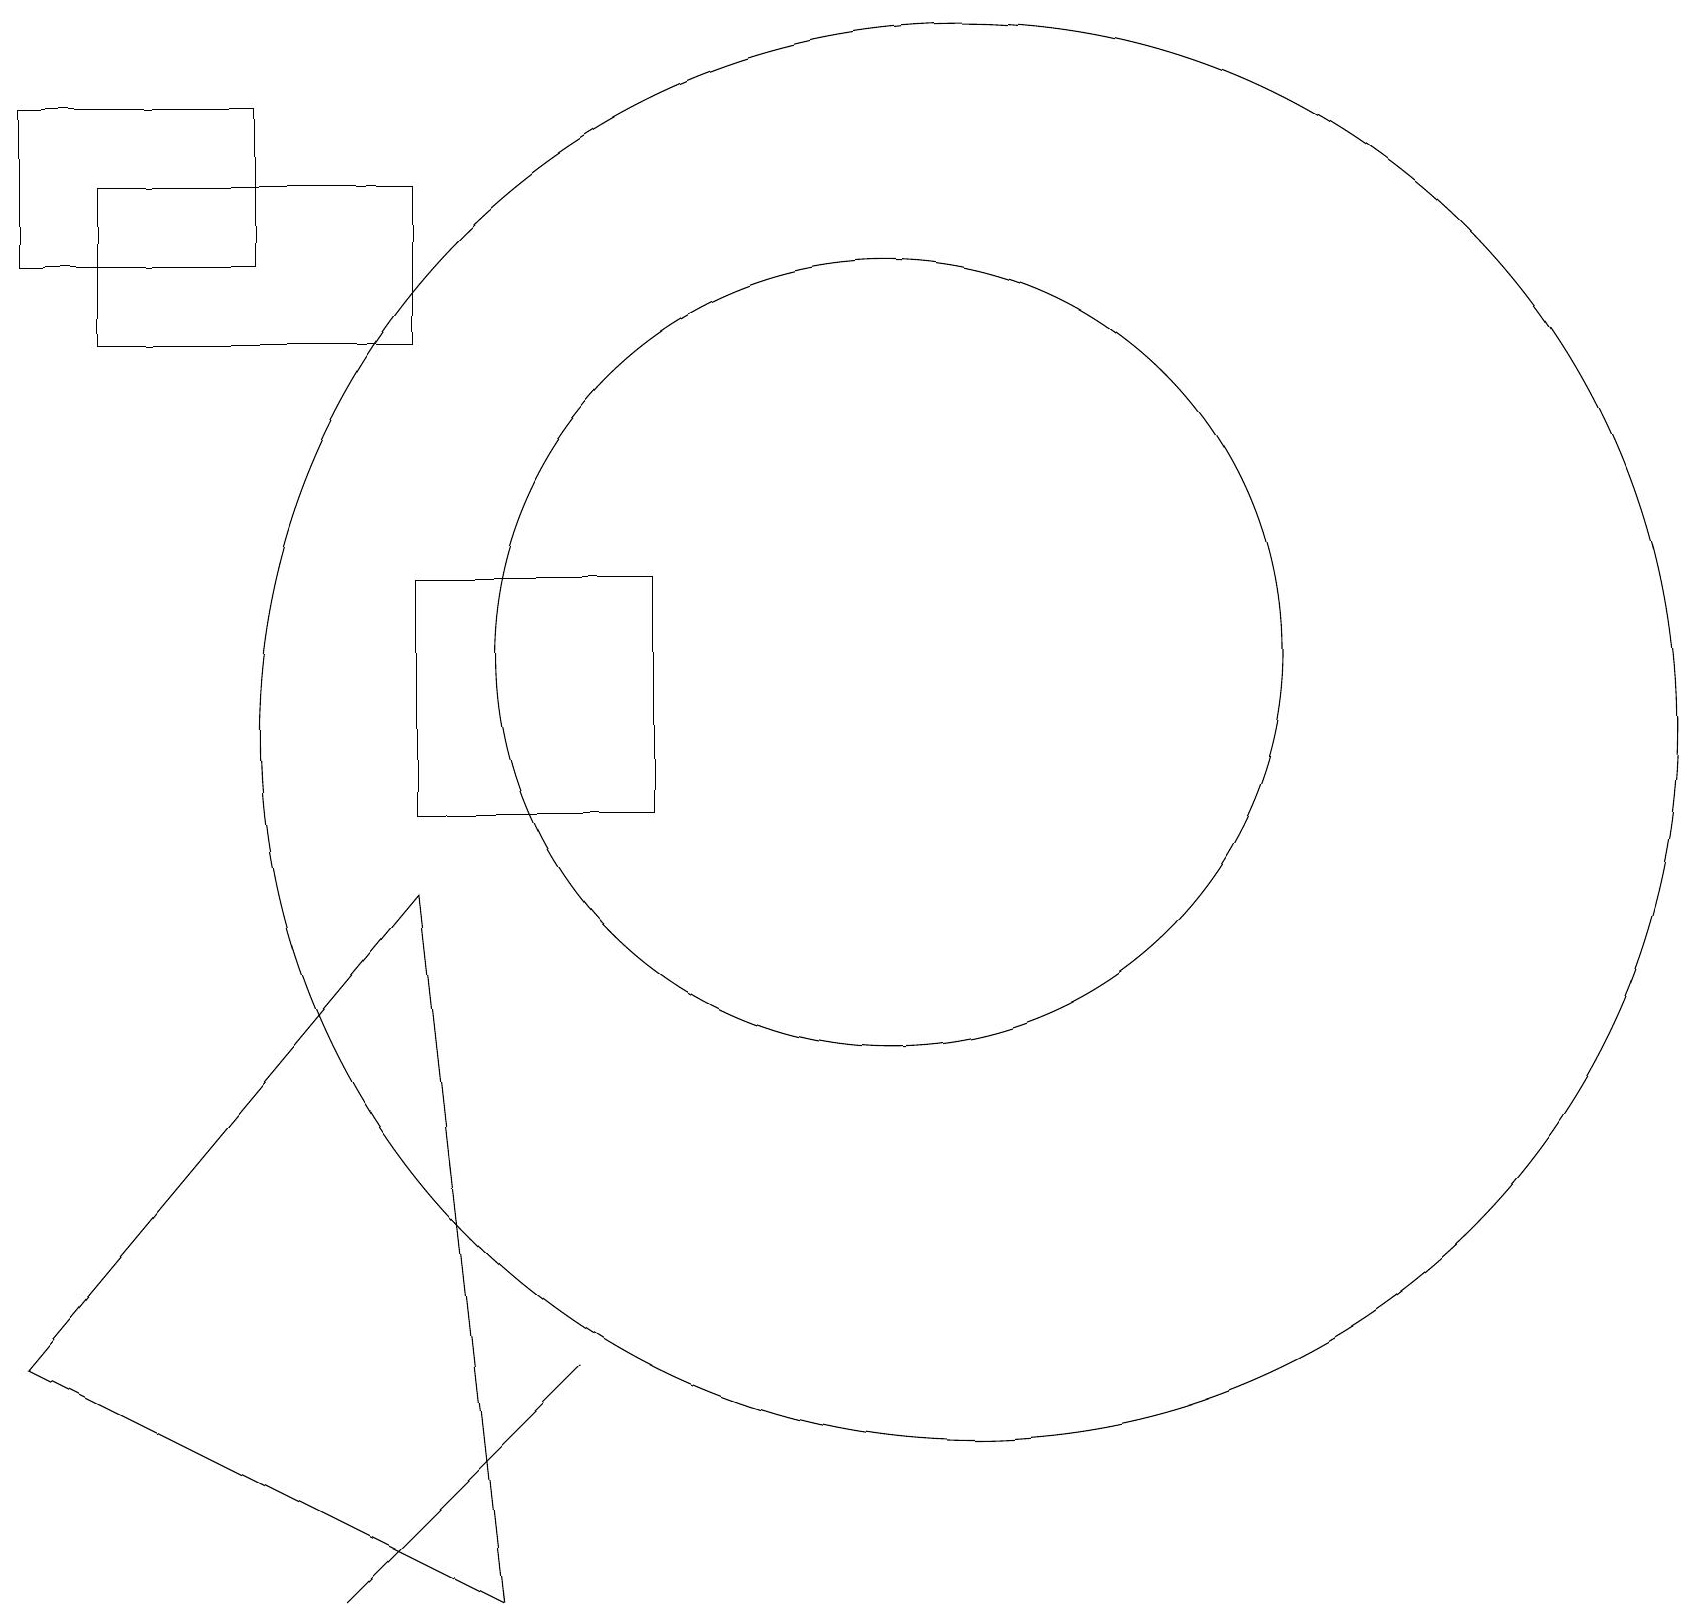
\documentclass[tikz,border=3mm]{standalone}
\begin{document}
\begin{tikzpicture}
\draw (6,0) -- (5,9) -- (0,3) -- cycle;
\draw (5,16) rectangle (1,18);
\draw (5,10) rectangle (8,13);
\draw (12,11) circle (9);
\draw (11,12) circle (5);
\draw (7,3) -- (4,0) -- (6,2) -- cycle;
\draw (3,19) rectangle (0,17);
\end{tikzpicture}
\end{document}